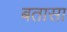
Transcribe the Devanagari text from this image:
बतासा